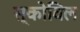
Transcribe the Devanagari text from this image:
स्कोविल